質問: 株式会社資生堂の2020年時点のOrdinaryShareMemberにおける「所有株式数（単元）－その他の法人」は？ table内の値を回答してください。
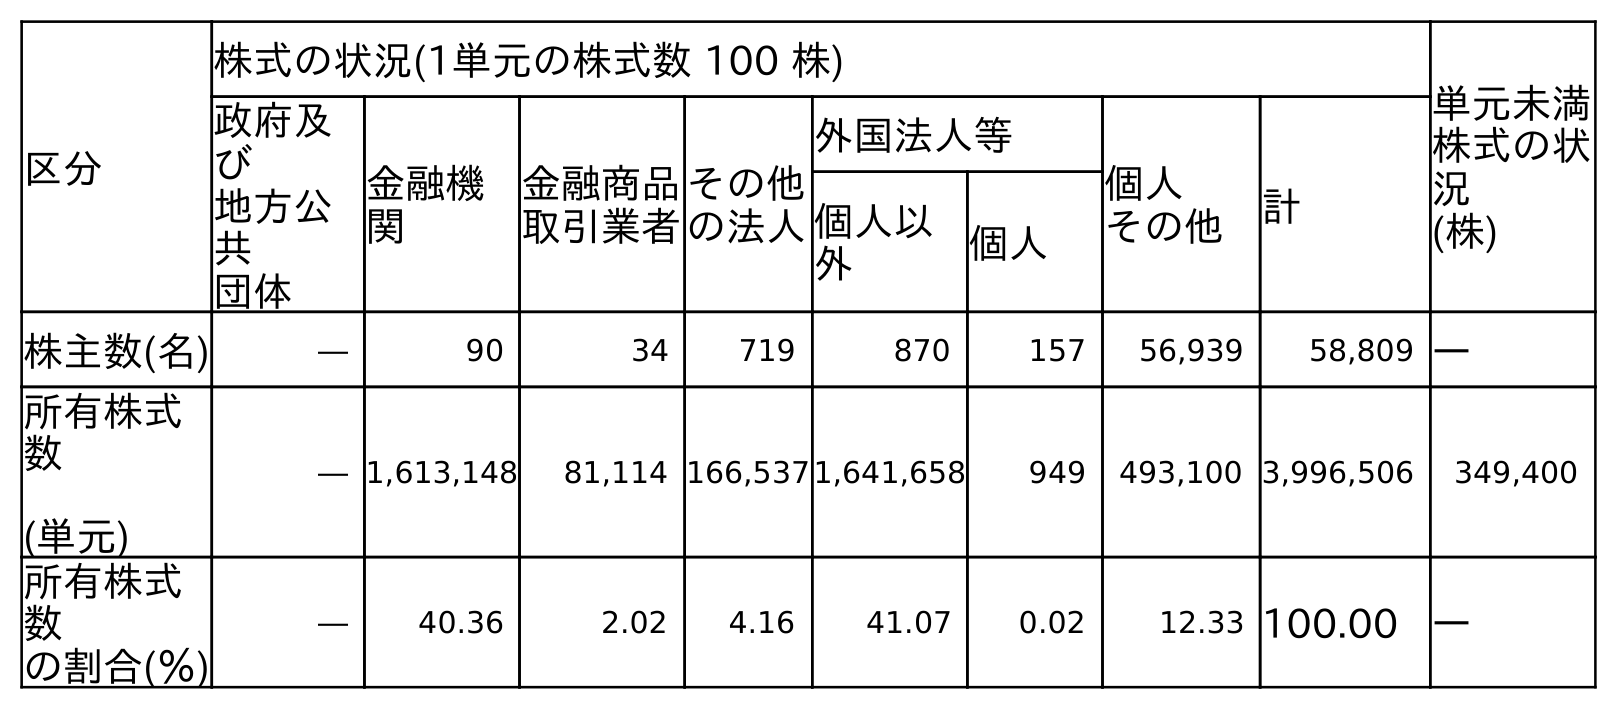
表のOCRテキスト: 区分 株式の状況(1単元の株式数 100 株) 単元未満 株式の状 況 (株) 政府及 び 地方公 共 団体 金融機 関 金融商品 取引業者 その他 の法人 外国法人等 個人 その他 計 個人以 外 個人 株主数(名) ― 90 34 719 870 157 56,939 58,809 ― 所有株式 数 (単元) ― 1,613,148 81,114 166,5371,641,658 949 493,100 3,996,506 349,400 所有株式 数 の割合(％) ― 40.36 2.02 4.16 41.07 0.02 12.33 100.00 ―
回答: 166,537